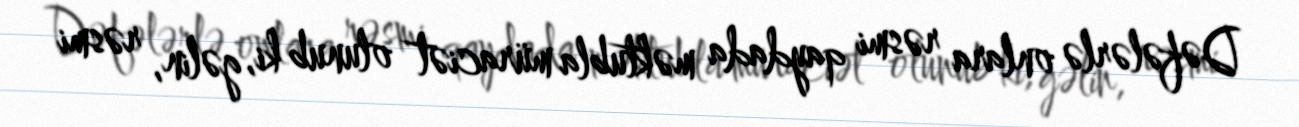
Dəfələrlə onlara rəsmi qaydada məktubla müraciət olunub ki, gəlin, rəsmi